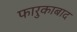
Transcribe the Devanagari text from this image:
फारुकाबाद